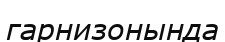
гарнизонында